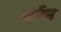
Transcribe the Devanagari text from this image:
कर्रन